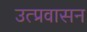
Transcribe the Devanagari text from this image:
उत्प्रवासन